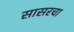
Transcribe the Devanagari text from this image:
सासरचा